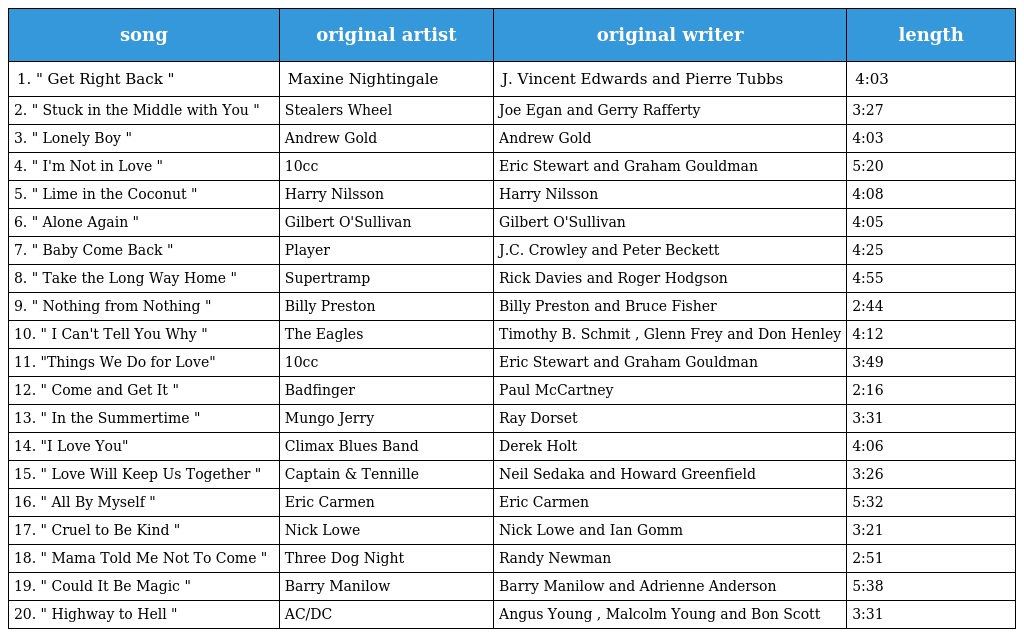
| song | original artist | original writer | length |
 | --- | --- | --- | --- |
 | 1. " Get Right Back " | Maxine Nightingale | J. Vincent Edwards and Pierre Tubbs | 4:03 |
 | 2. " Stuck in the Middle with You " | Stealers Wheel | Joe Egan and Gerry Rafferty | 3:27 |
 | 3. " Lonely Boy " | Andrew Gold | Andrew Gold | 4:03 |
 | 4. " I'm Not in Love " | 10cc | Eric Stewart and Graham Gouldman | 5:20 |
 | 5. " Lime in the Coconut " | Harry Nilsson | Harry Nilsson | 4:08 |
 | 6. " Alone Again " | Gilbert O'Sullivan | Gilbert O'Sullivan | 4:05 |
 | 7. " Baby Come Back " | Player | J.C. Crowley and Peter Beckett | 4:25 |
 | 8. " Take the Long Way Home " | Supertramp | Rick Davies and Roger Hodgson | 4:55 |
 | 9. " Nothing from Nothing " | Billy Preston | Billy Preston and Bruce Fisher | 2:44 |
 | 10. " I Can't Tell You Why " | The Eagles | Timothy B. Schmit , Glenn Frey and Don Henley | 4:12 |
 | 11. "Things We Do for Love" | 10cc | Eric Stewart and Graham Gouldman | 3:49 |
 | 12. " Come and Get It " | Badfinger | Paul McCartney | 2:16 |
 | 13. " In the Summertime " | Mungo Jerry | Ray Dorset | 3:31 |
 | 14. "I Love You" | Climax Blues Band | Derek Holt | 4:06 |
 | 15. " Love Will Keep Us Together " | Captain & Tennille | Neil Sedaka and Howard Greenfield | 3:26 |
 | 16. " All By Myself " | Eric Carmen | Eric Carmen | 5:32 |
 | 17. " Cruel to Be Kind " | Nick Lowe | Nick Lowe and Ian Gomm | 3:21 |
 | 18. " Mama Told Me Not To Come " | Three Dog Night | Randy Newman | 2:51 |
 | 19. " Could It Be Magic " | Barry Manilow | Barry Manilow and Adrienne Anderson | 5:38 |
 | 20. " Highway to Hell " | AC/DC | Angus Young , Malcolm Young and Bon Scott | 3:31 |